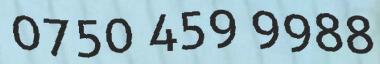
0750 459 9988